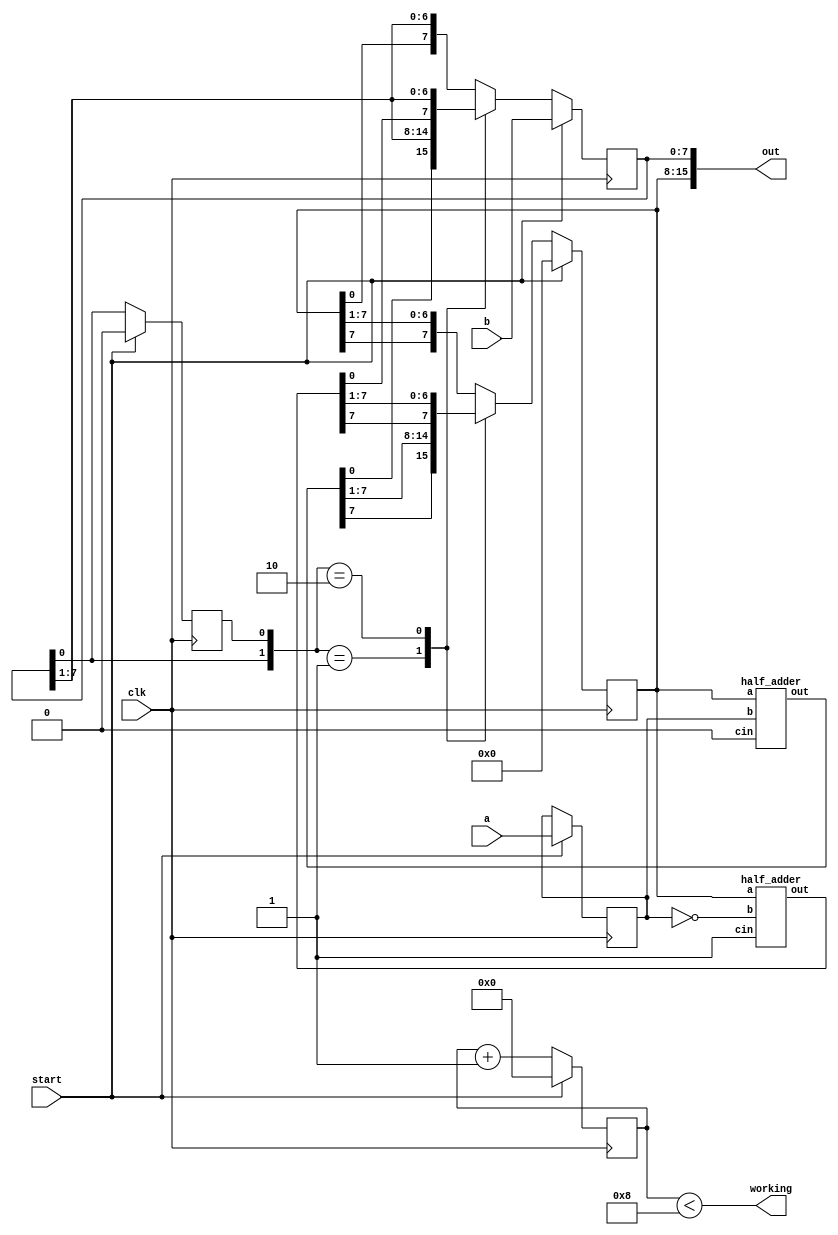
`timescale 1ns / 1ps
//////////////////////////////////////////////////////////////////////////////////
// Company: 
// Engineer: 
// 
// Design Name: 
// Module Name:    multiplier8bit 
// Project Name: 
// Target Devices: 
// Tool versions: 
// Description: 
//
// Dependencies: 
//
// Revision: 
// Revision 0.01 - File Created
// Additional Comments: 
//
/////////////////////////////////////////////////////////////////////////////
module multiplier8bit(a,b,out, clk, start,working);
output [15:0] out;
output working;
input [7:0] a,b;
input clk, start;
reg [7:0] A, Q, M;
reg Q_1;
reg [3:0] count;
wire [7:0] sum, difference;
always @(posedge clk)
begin
if (start) begin
A <= 8'b0;
M <= a;
Q <= b;
Q_1 <= 1'b0;
count <= 4'b0;
end
else begin
case ({Q[0], Q_1})
2'b0_1 : {A, Q, Q_1} <= {sum[7], sum, Q};
2'b1_0 : {A, Q, Q_1} <= {difference[7], difference, Q};
default: {A, Q, Q_1} <= {A[7], A, Q};
endcase
count <= count + 1'b1;
end
end
half_adder adder (sum, A, M, 1'b0);
half_adder subtracter (difference, A, ~M, 1'b1);
assign out = {A, Q};
assign working = (count < 8);
endmodule


module half_adder(out, a, b, cin);
output [7:0] out;
input [7:0] a;
input [7:0] b;
input cin;
assign out = a + b + cin;
endmodule